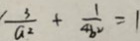
\frac { 3 } { a ^ { 2 } } + \frac { 1 } { 4 b ^ { 2 } } = 1